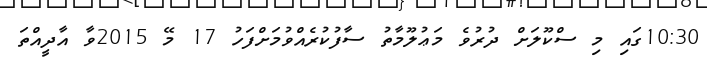
10:30ގައި މި ސްކޫލަށް ދުރުވެ މަޢުލޫމާތު ސާފުކުރެއްވުމަށްފަހު 17 މޭ 2015ވާ އާދީއްތަ